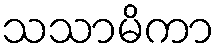
သသာမိကာ